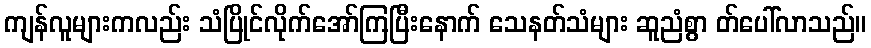
ကျန်လူများကလည်း သံပြိုင်လိုက်အော်ကြပြီးနောက် သေနတ်သံများ ဆူညံစွာ တ်ပေါ်လာသည်။